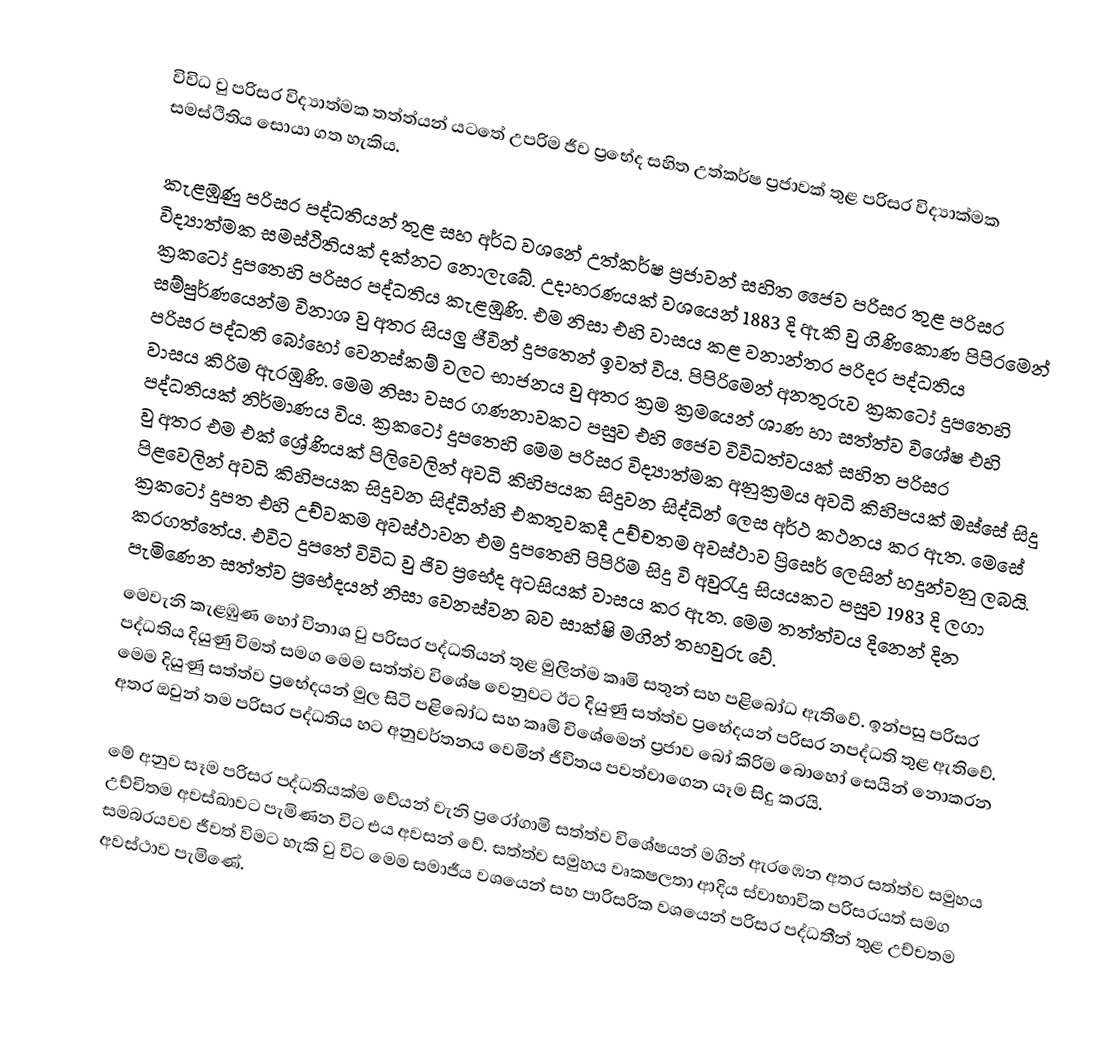
විවිධ වු පරිසර විද්‍යාත්මක තත්ත්යන් යටතේ උපරිම ජීව ප්‍රභේද සහිත උත්කර්ෂ ප්‍රජාවක් තුළ පරිසර විද්‍යාක්මක සමස්ථිතිය සොයා ගත හැකිය.

කැළඹුණු පරිසර පද්ධතියන් තුළ සහ අර්ධ වශනේ උත්කර්ෂ ප්‍රජාවන් සහිත ජෛව පරිසර තුළ පරිසර විද්‍යාත්මක සමස්ථිතියක් දක්නට නොලැබේ. උදාහරණයක් වශයෙන් 1883 දි ඇකි වු ගිණිකොණ පිපිරමෙන් ක්‍රකටෝ දුපතෙහි පරිසර පද්ධතිය කැළඹුණි. එම නිසා එහි වාසය කළ වනාන්තර පරිදර පද්ධතිය සම්පුර්ණයෙන්ම විනාශ වු අතර සියලු ජීවින් දුපතෙන් ඉවත් විය. පිපිරිමෙන් අනතුරුව ක්‍රකටෝ දුපතෙහි පරිසර පද්ධති බෝහෝ වෙනස්කම් වලට භාජනය  වු අතර ක්‍රම ක්‍රමයෙන් ශාණ හා සත්ත්ව විශේෂ එහි වාසය කිරිම ඇරඹුණි. මෙම නිසා වසර ගණනාවකට පසුව එහි ජෛව විවිධත්වයක් සහිත පරිසර පද්ධතියක් නිර්මාණය විය. ක්‍රකටෝ දුපතෙහි මෙම පරිසර විද්‍යාත්මක අනුක්‍රමය අවධි කිහිපයක් ඔස්සේ සිදු වු අතර එම එක් ශ්‍රේණියක් පිලිවෙලින් අවධි කිහිපයක සිදුවන සිද්ධින් ලෙස අර්ථ කථනය කර ඇත. මෙසේ පිළවෙලින් අවධි කිහිපයක සිදුවන සිද්ධීන්හි එකතුවකදී උච්චතම අවස්ථාව ප්‍රිසෙර් ලෙසින් හදුන්වනු ලබයි. ක්‍රකටෝ දුපත එහි උච්වකම අවස්ථාවන එම දුපතෙහි පිපිරිම සිදු වි අවුරැදු සියයකට පසුව 1983 දි ලගා කරගත්තේය. එවිට දුපතේ විවිධ වු ජිව ප්‍රභේද අටසියක් වාසය කර ඇත. මෙම තත්ත්වය දිනෙන් දින පැමිණෙන සත්ත්ව ප්‍රභේදයන් නිසා වෙනස්වන බව සාක්ෂි මගින් තහවුරු වේ.
මෙවැනි කැළඹුණ හෝ විනාශ වු පරිසර පද්ධතියන් තුළ මුලින්ම කෘමි සතුන් සහ පළිබෝධ ඇතිවේ. ඉන්පසු පරිසර පද්ධතිය දියුණු විමත් සමග මෙම සත්ත්ව විශේෂ වෙනුවට ඊට දියුණු සත්ත්ව ප්‍රභේදයන් පරිසර නපද්ධති තුළ ඇතිවේ. මෙම දියුණු සත්ත්ව ප්‍රභේදයන් මුල සිටි පළිබෝධ සහ කෘමි විශේමෙන් ප්‍රජාව බෝ කිරිම බොහෝ සෙයින් නොකරන අතර ඔවුන් තම පරිසර පද්ධතිය හට අනුවර්තනය වෙමින් ජීවිතය පවත්වාගෙන යෑම සිදු කරයි.

මේ අනුව සෑම පරිසර පද්ධතියක්ම වේයන් වැනි ප්‍රරෝගාමි සත්ත්ව විශේෂයන් මගින් ඇරඹෙන අතර සත්ත්ව සමුහය උච්චිතම අවස්ඛාවට පැමිණන විට එය අවසන් වේ. සත්ත්ව සමුහය වෘකෂලතා ආදිය ස්වාභාවික පරිසරයත් සමග සමබරයවව ජීවත් විමට හැකි වු විට මෙම සමාජීය වශයෙන් සහ පාරිසරික වශයෙන් පරිසර පද්ධතීන් තුළ උච්චතම අවස්ථාව පැමිණේ.